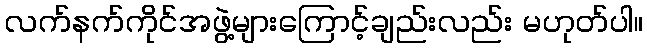
လက်နက်ကိုင်အဖွဲ့များကြောင့်ချည်းလည်း မဟုတ်ပါ။